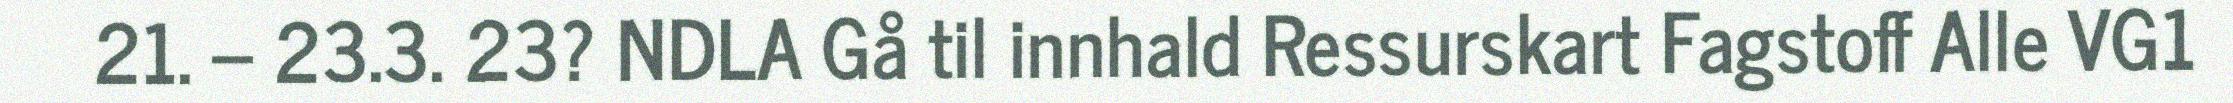
21. – 23.3. 23? NDLA Gå til innhald Ressurskart Fagstoff Alle VG1